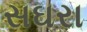
સઘરા